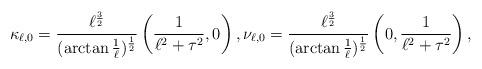
LaTeX: \begin{align*}\kappa_{\ell,0}= \frac{\ell^{\frac32} }{(\arctan\frac{1}{\ell})^{\frac12}} \left( \frac{1}{\ell^2+\tau^2},0\right),\nu_{\ell,0}=\frac{\ell^{\frac32}}{(\arctan\frac{1}{\ell})^{\frac12} } \left(0,\frac{1}{\ell^2+\tau^2}\right),\end{align*}